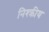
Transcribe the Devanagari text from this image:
निश्क्रीय